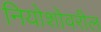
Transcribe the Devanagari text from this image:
नियोशोवरील